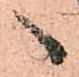
へ